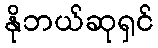
နိုဘယ်ဆုရှင်